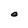
Character: O